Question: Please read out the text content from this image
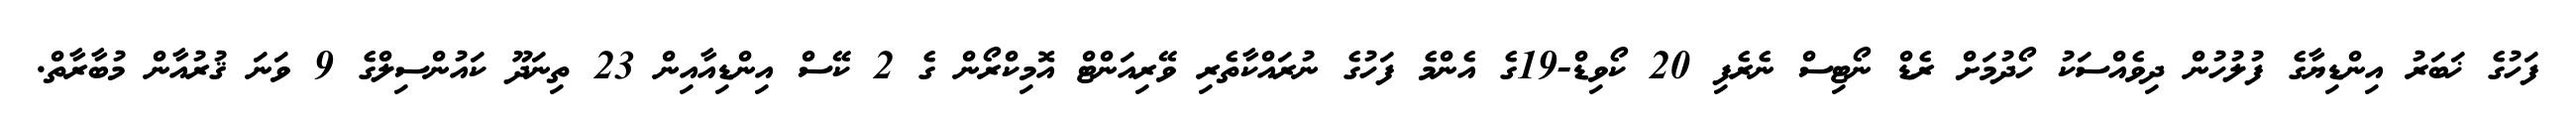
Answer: ފަހުގެ ޚަބަރު އިންޑިޔާގެ ފުލުހުން ދިވެއްސަކު ހޯދުމަށް ރެޑް ނޯޓިސް ނެރެފި 20 ކޯވިޑް-19ގެ އެންމެ ފަހުގެ ނުރައްކާތެރި ވޭރިއަންޓް އޮމިކްރޯން ގެ 2 ކޭސް އިންޑިއާއިން 23 ތިނަދޫ ކައުންސިލްގެ 9 ވަނަ ޤުރުއާން މުބާރާތް.